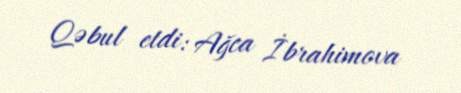
Qəbul etdi: Ağca İbrahimova